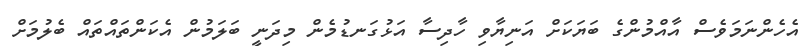
އެހެންނަމަވެސް އާއްމުންގެ ބަޔަކަށް އަނިޔާވި ހާދިސާ އަޅުގަނޑުމެން މިދަނީ ބަލަމުން އެކަންތައްތައް ބެލުމަށް